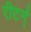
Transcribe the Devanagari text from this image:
रीटर्न्